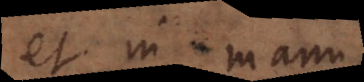
et in manu